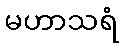
မဟာသရံ